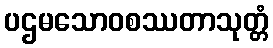
ပဌမသောဝစဿတာသုတ္တံ